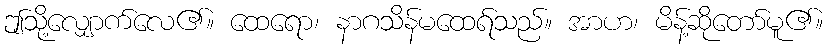
ဤသို့လျှောက်လေ၏။ ထေရော၊ နာဂသိန်မထေရ်သည်။ အာဟ၊ မိန့်ဆိုတော်မူ၏။